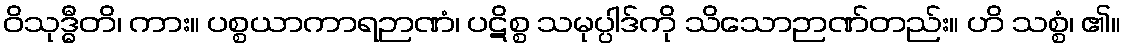
ဝိသုဒ္ဓီတိ၊ ကား။ ပစ္စယာကာရဉာဏံ၊ ပဋိစ္စ သမုပ္ပါဒ်ကို သိသောဉာဏ်တည်း။ ဟိ သစ္စံ၊ ၏။